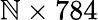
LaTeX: \mathbb{N}\times784